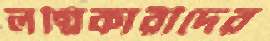
লগ্নিকারীদের